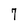
Character: 7